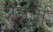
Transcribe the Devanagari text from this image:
असुंता